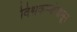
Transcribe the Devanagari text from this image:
विश्वकर्म्यापासून